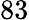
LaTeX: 83